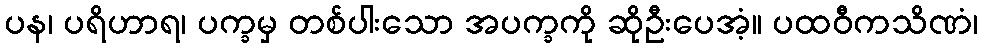
ပန၊ ပရိဟာရ၊ ပက္ခမှ တစ်ပါးသော အပက္ခကို ဆိုဦးပေအံ့။ ပထဝီကသိဏံ၊